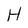
Character: H